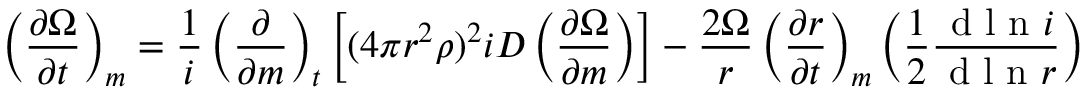
\left( \frac { \partial \Omega } { \partial t } \right) _ { m } = \frac { 1 } { i } \left( \frac { \partial } { \partial m } \right) _ { t } \left[ ( 4 \pi r ^ { 2 } \rho ) ^ { 2 } i D \left( \frac { \partial \Omega } { \partial m } \right) \right] - \frac { 2 \Omega } { r } \left( \frac { \partial r } { \partial t } \right) _ { m } \left( \frac { 1 } { 2 } \frac { \textrm { d l n } i } { \textrm { d l n } r } \right)